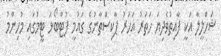
ޝަހްލީލާ އަކީ ފާއިތުވެދިޔަ ހަތަރު އަހަރު ޕާކިސްތާނުގެ ގައުމީ ފުޓްބޯޅަ ޓީމުގައި މުހިންމު